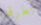
تطرق